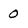
Character: 0